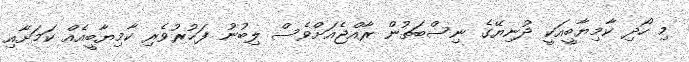
މި ހޯދި ކާމިޔާބީއަކީ ދުނިޔޭގެ ނިސްބަތުން ރާއްޖެއަށްވެސް ލިބުނު ފަޚުރުވެރި ކާމިޔާބީއެއް ކަމަށާއި